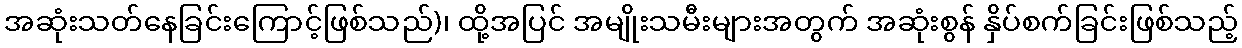
အဆုံးသတ်နေခြင်းကြောင့်ဖြစ်သည်)၊ ထို့အပြင် အမျိုးသမီးများအတွက် အဆုံးစွန် နှိပ်စက်ခြင်းဖြစ်သည့်